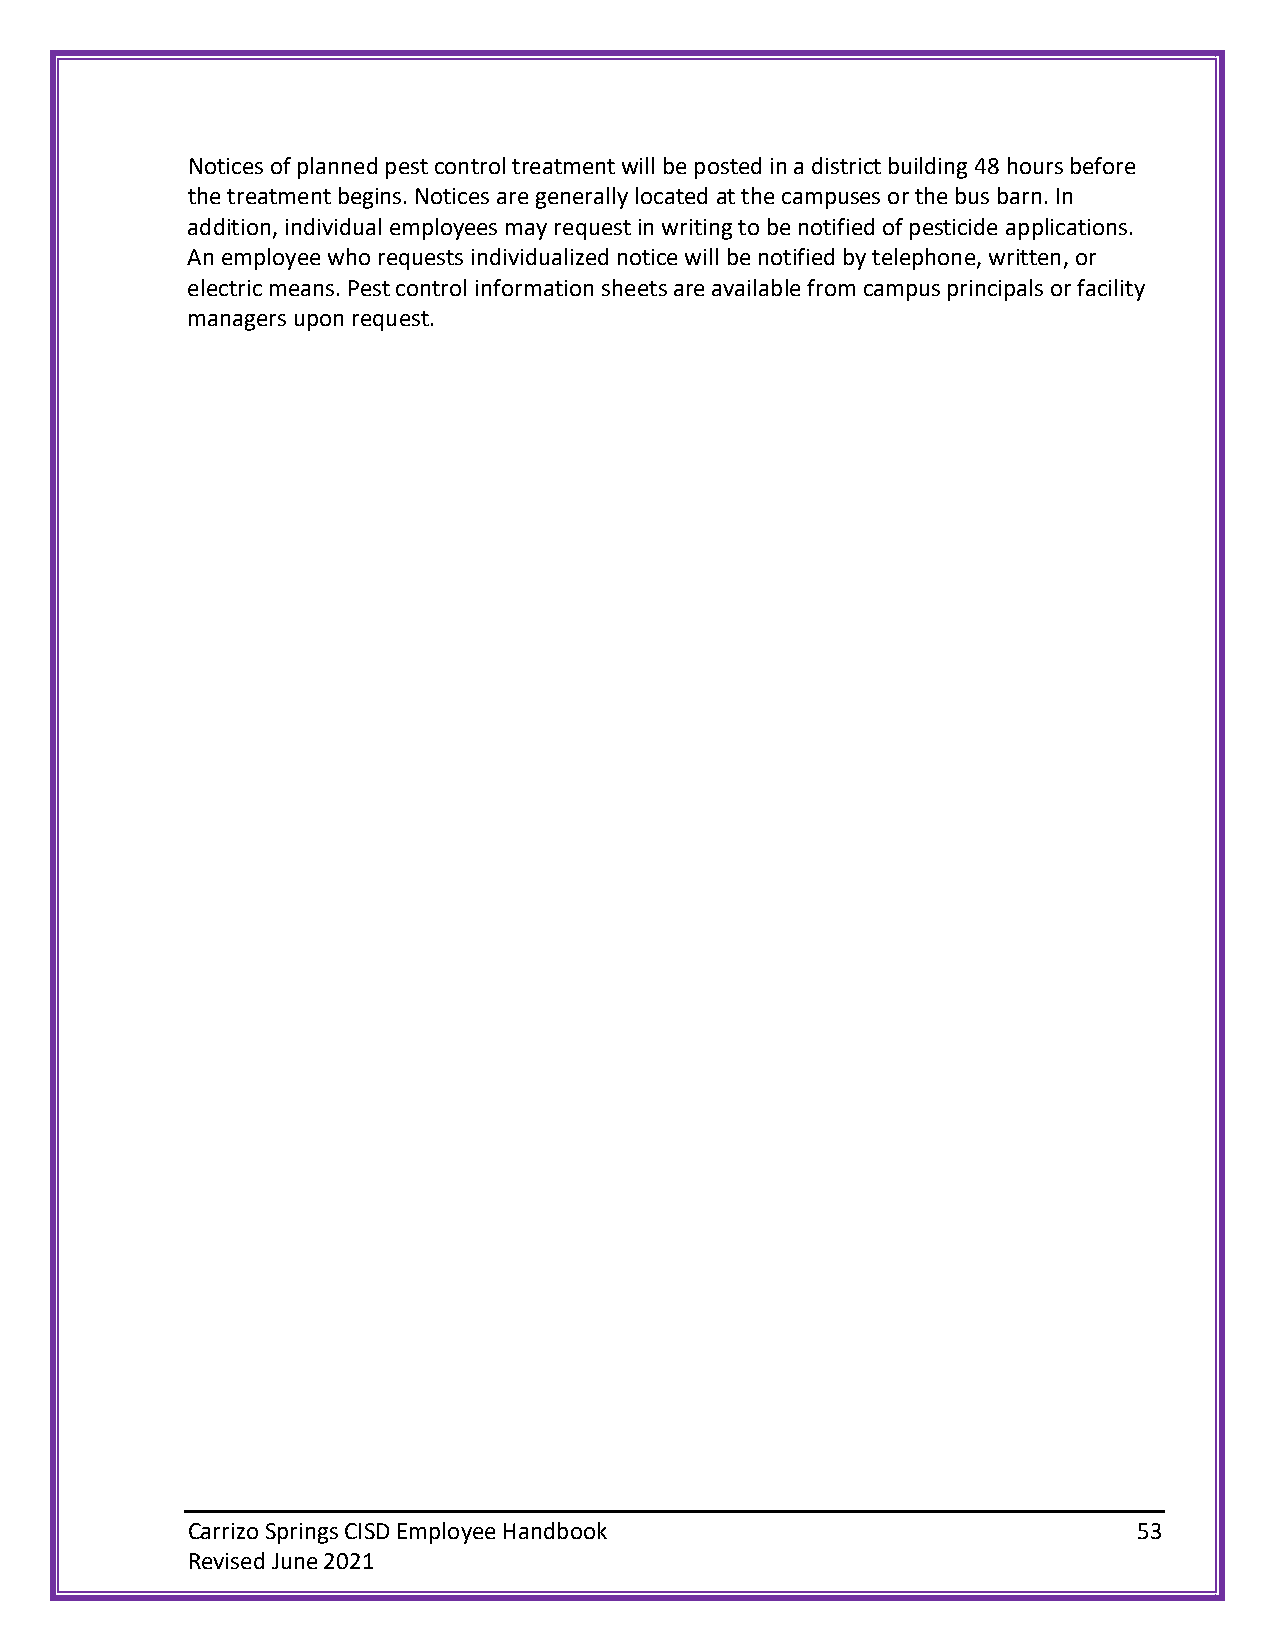
Notices of planned pest control treatment will be posted in a district building 48 hours before
 the treatment begins. Notices are generally located at the campuses or the bus barn. In
 addition, individual employees may request in writing to be notified of pesticide applications.
 An employee who requests individualized notice will be notified by telephone, written, or
 electric means. Pest control information sheets are available from campus principals or facility
 managers upon request.
 Carrizo Springs CISD Employee Handbook                         53
 Revised June 2021